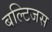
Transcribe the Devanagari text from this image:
बल्टिजस